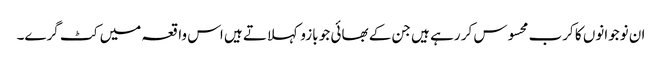
ان نوجوانوں کا کرب محسوس کر رہے ہیں جن کے بھائی جو بازو کہلاتے ہیں اس واقعہ میں کٹ گرے۔